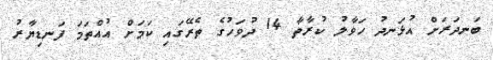
ބަނދަރަށް އުޅަނދު ހަވާލު ކުރާތާ 14 ދުވަހުގެ ތެރޭގައި ކަމަށް އުއްތަމަ ފަނޑިޔާރު